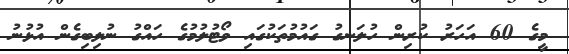
މީގެ 60 އަހަރު ކުރިން ހުލަނގު ގައުމުތަކުގައި ވޯޓުލުމުގެ ހައްގު ނުލިބިގެން އުޅުނު